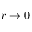
r \rightarrow 0